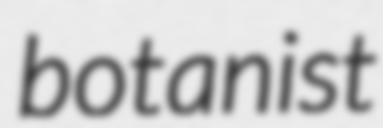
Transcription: botanist